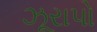
ઝૂરાપો